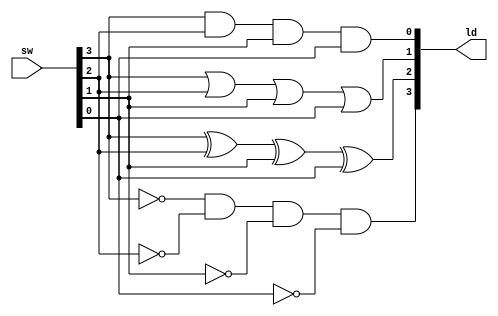
`timescale 1ns / 1ps
//////////////////////////////////////////////////////////////////////////////////
// Company: 
// Engineer: 
// 
// Design Name: 
// Module Name:    lab31 
// Project Name: 
// Target Devices: 
// Tool versions: 
// Description: 
//
// Dependencies: 
//
// Revision: 
// Revision 0.01 - File Created
// Additional Comments: 
//
//////////////////////////////////////////////////////////////////////////////////
module lab31(
input [3:0] sw,
output [3:0] ld
    );
assign ld[0] = sw[3] & sw[2] & sw[1] & sw[0] ;
assign ld[1] = sw[3] | sw[2] | sw[1] | sw[0] ;
assign ld[2] = sw[3] ^ sw[2] ^ sw[1] ^ sw[0] ;
assign ld[3] = ~sw[3] & ~sw[2] & ~sw[1] & ~sw[0];


endmodule